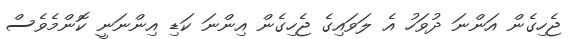
ޖެހިގެން އަންނަ ދުވަހު އެ ލަަވައިގެ ޖެހިގެން އިންނަ ކަޑި އިންނަނީ ކޮންމެވެސް